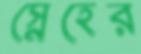
স্নেহের